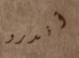
أندرو